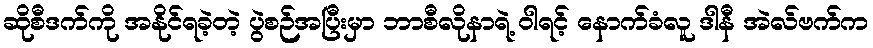
ဆိုစီဒက်ကို အနိုင်ရခဲ့တဲ့ ပွဲစဉ်အပြီးမှာ ဘာစီလိုနာရဲ့ ဝါရင့် နောက်ခံလူ ဒါနီ အဲလ်ဗက်က